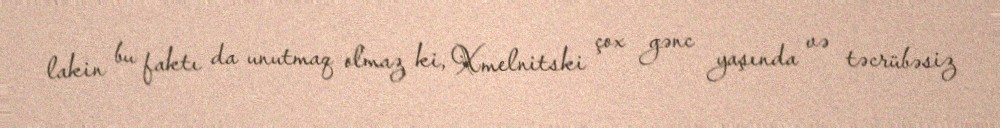
lakin bu faktı da unutmaq olmaz ki, Xmelnitski çox gənc yaşında və təcrübəsiz